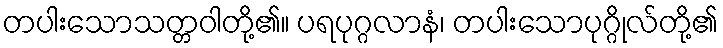
တပါးသောသတ္တဝါတို့၏။ ပရပုဂ္ဂလာနံ၊ တပါးသောပုဂ္ဂိုလ်တို့၏